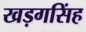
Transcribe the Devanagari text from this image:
खड़गसिंह